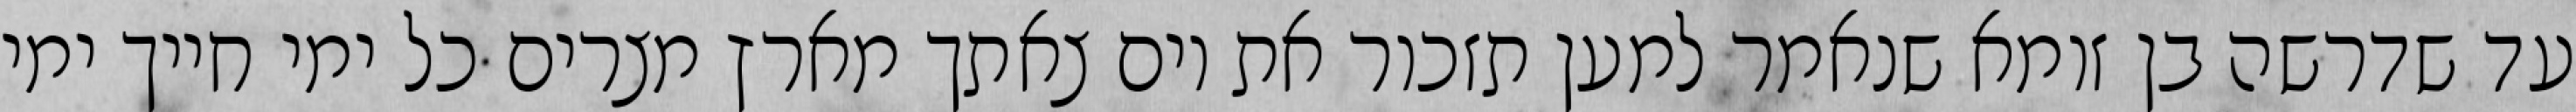
עד שדרשה בן זומא שנאמר למען תזכור את יום צאתך מארץ מצרים כל ימי חייך ימי